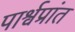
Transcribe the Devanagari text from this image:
पार्श्वप्रांत